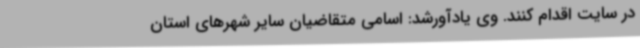
در سایت اقدام کنند. وی یادآورشد: اسامی متقاضیان سایر شهرهای استان